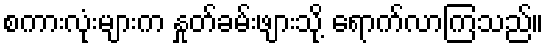
စကားလုံးများက နှုတ်ခမ်းဖျားသို့ ရောက်လာကြသည်။